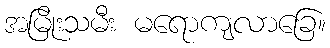
အမြိုးသမီး မရောကျလာခြေ။